Rapla_vallavalitsus, lk 41
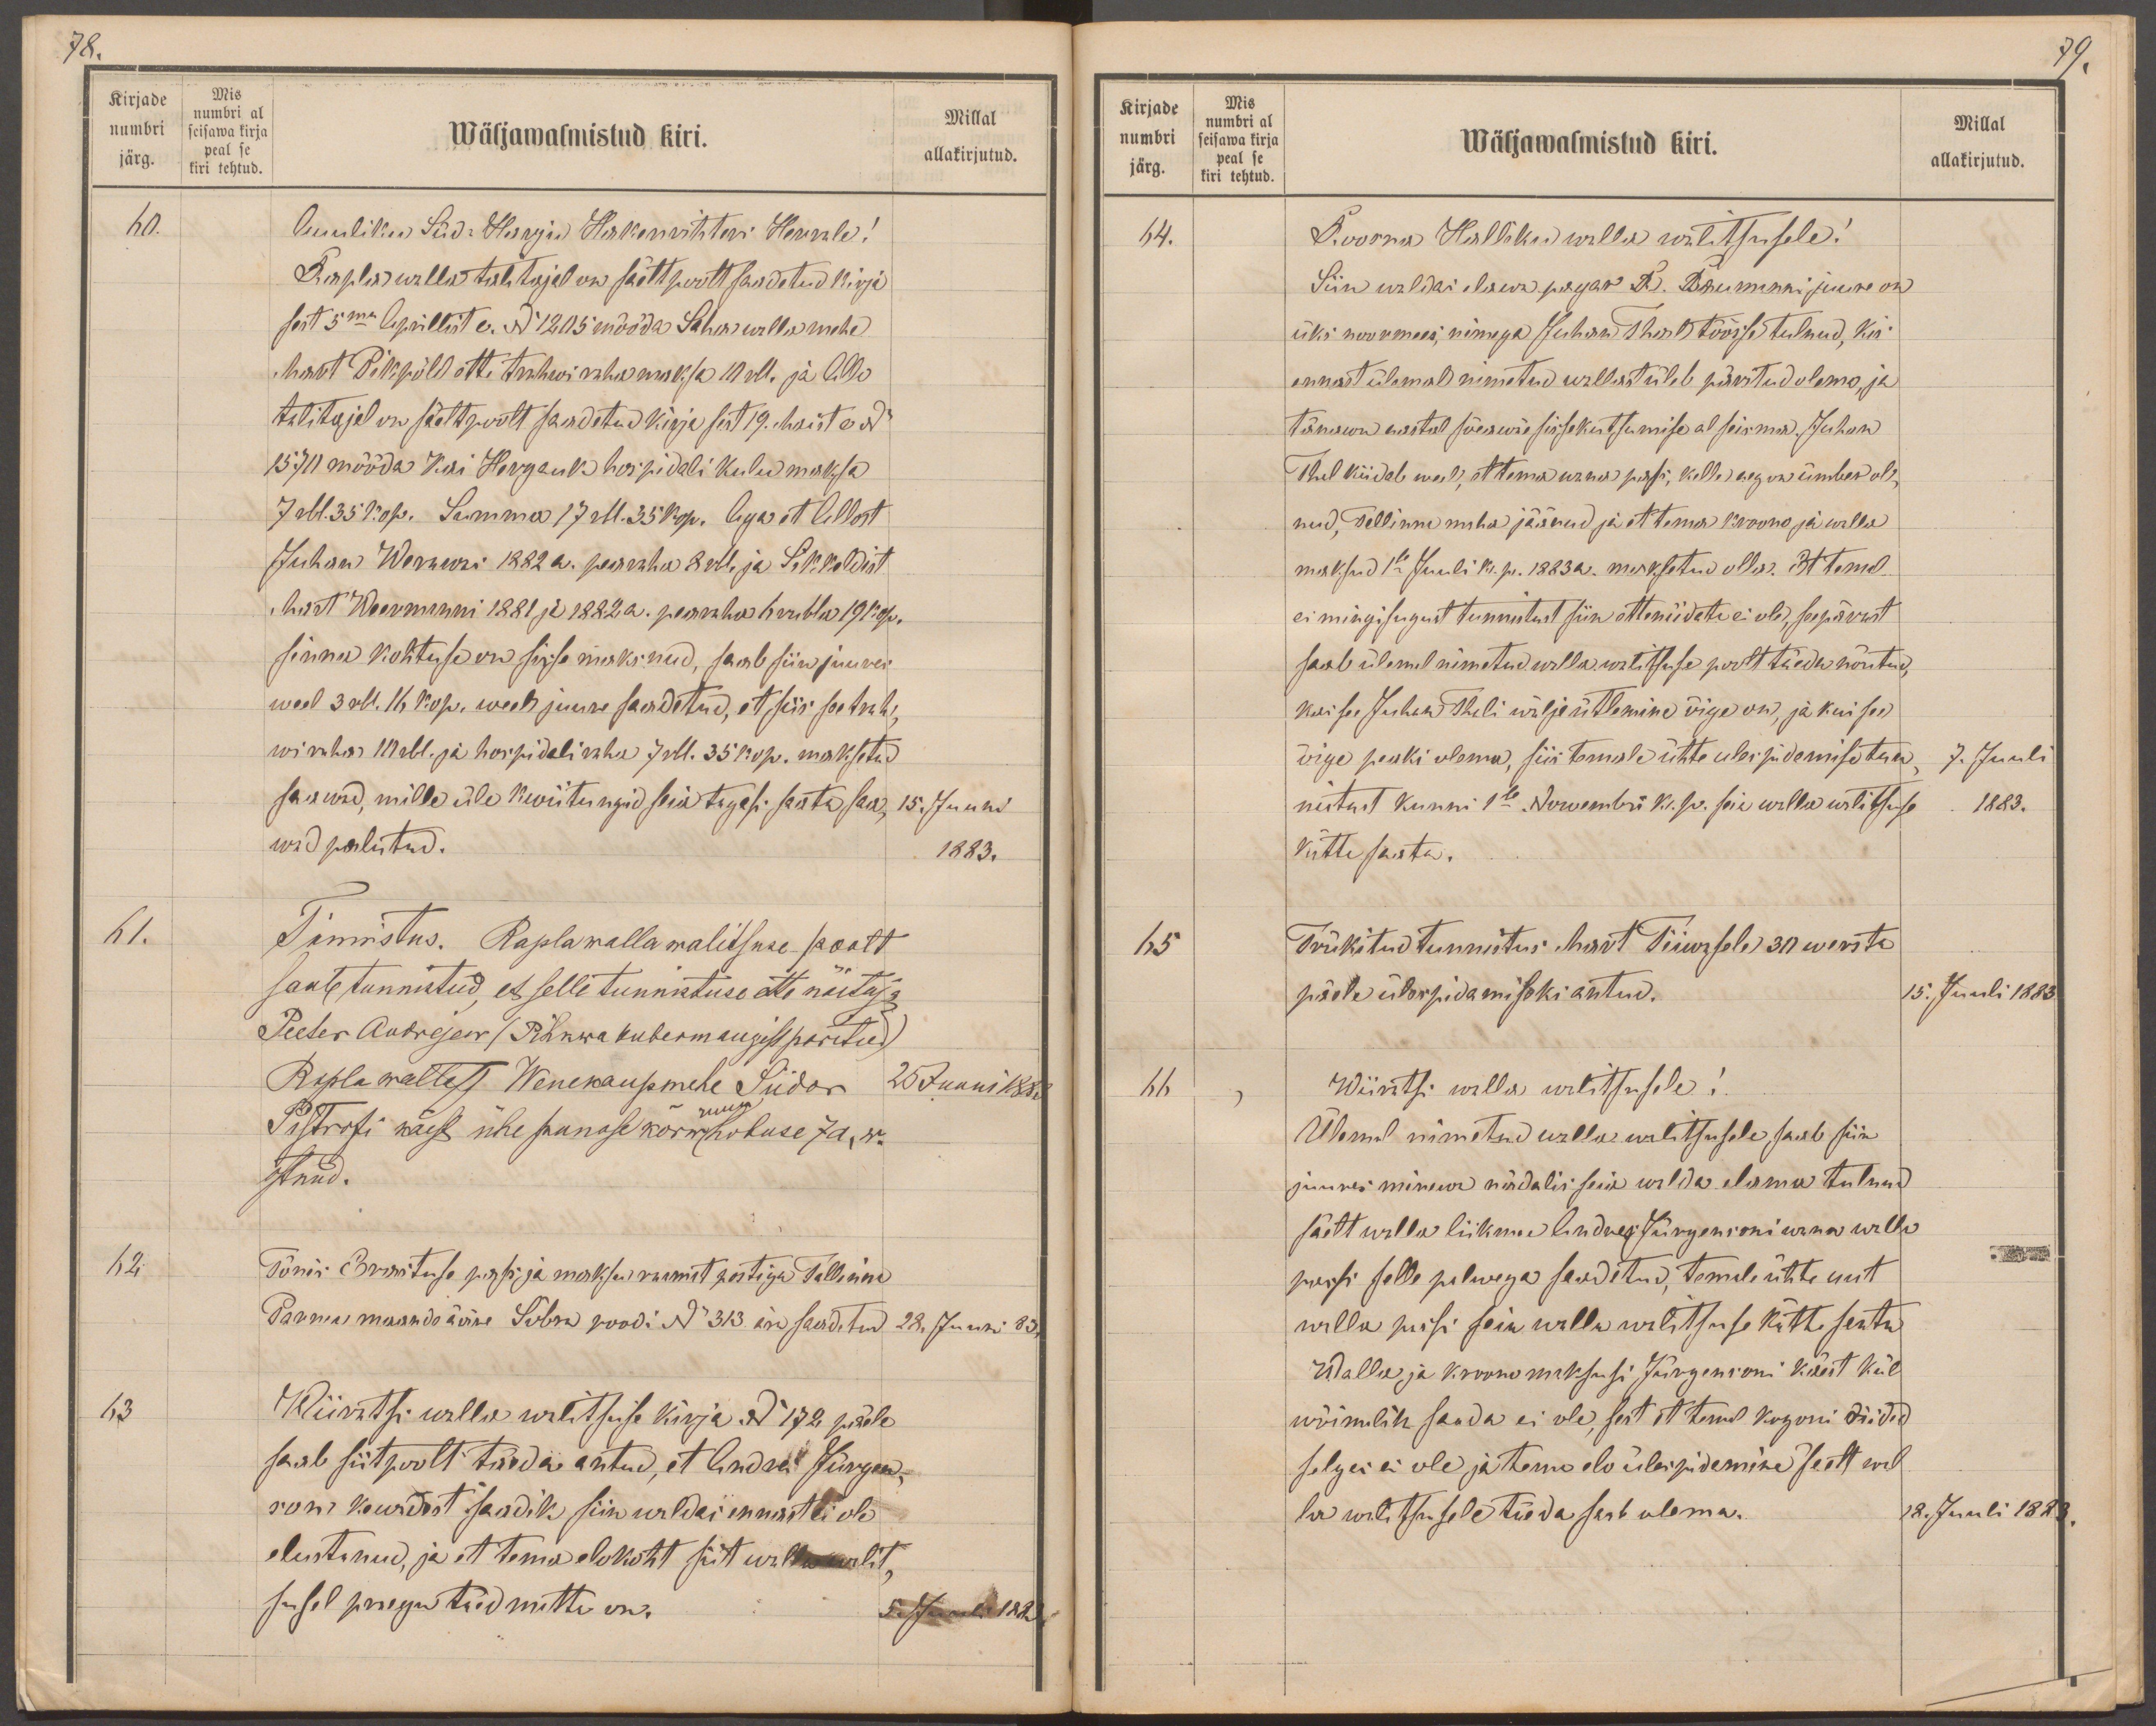
78.
Kirjade
Mis
numbri al
numbri
seisawa kirja
Wäljawalmistud kiri.
Millal
järg.
peal se
kiri tehtud.
allakirjutud.
60.
Auuliku Süd-Harju Hakenrihteri Herrale!
Rapla walla talitajal on säält poolt saadetud kirja
sest 5ma Aprillist e. No 1205 mööda Saha walla mehe
Mart Pikpõld ette trahwi raha maksa 10 rbl. ja Allo
talitajal on säelt poolt saadetud kirja sest 19. Maist e No
1570 mööda Kai Hergauk hospidali kulu maksa
7 rbl. 35 kop. Summa 17 rbl. 35 kop. Aga et Allost
Juhani Wermsoni 1882 a. pearaha 8 Rbl. ja Sikkaldist
Mart Weermanni 1881 ja 1882 a. pearaha 6 rubla 19 kop.
sinnu kohtuse on sisse maksnud, saab siin juures
weel 3 rbl. 16 kop. weel juure saadetud, et siis see trah-
wi raha 10 rubl. ja hospidali raha 7 rbl. 35 kop. maksetud
saawad, mille üle kwiitungid siia tagasi saata saa-
15. Juuni
wad palutud.
1883.
61.
Tunnistus: Rapla walla walitsuse poolt
saab tunnistud, et selle tunnistuse ette näitaja
Peeter Andrejev (Pihkwa kubermangist päritud)
Rapla wallast Wenekaupmehe Siidor
25 Juuni 1883
ruun
Pistrofi käest ühe punase kõrwhobuse 7a, w.
ostnud.
62.
Tõnis Erastuse pass ja maksu raamat postiga Tallinna
Pärnu maande ääre Sõbra poodi No 343. ära saadetud
22 Juuni 83
63
Wiiratsi walla walitsuse kirja No 172 päele
saab siit poolt täeda antud, et Andres Jürgen
soni kewadest saadik siin waldas ennast ei ole
elustanud, ja et tema elukoht siit walla walit,
susel praegu täedmatta on.
5. Juuli 1883.

79.
Kirjade
Mis
numbri al
seisawa kirja
numbri
Wäljawalmistud kiri.
Millal
peal se
järg.
kiri tehtud.
allakirjutud.
64.
Roosna Halliku walla walitsusele!
Siin waldas elweva pagar R. Baumanni juure on
üks noormees, nimega Juhan Thal töösse tulnud, kes
ennast ülemal nimetud wallast ütleb päritud olema, ja
tänawu aastal sõeawäe sissekutsumise al seisma. Juhan
Thal kiidab weel, et tema wana passi, kelle aeg on ümber ol
nud, Tallinna maha jäänud ja et tema kroono ja walla
maksud 1se Juuli k.p. 1883 a. maksetud olla. Et temal
ei mingisugust tunnistust siin ettenäidata ei ole, seepärast
saab ülemel nimetud walla walitsuse poolt täeda nõutud,
kas see Juhan Thali wälja ütlemine õige on, ja kui see
õige peaks olema, siis temale ühte üles pidamise tun-
7. Juuli
nistust kunni 1se Nowembri k. p.  seia walla walitsuse
1883.
kätte saata.
65.
Trükitud tunnistus Mart Tiiwasele 30 wersta
päele ülespidamiseks antud.
15. Juuli 1883
66
Wiiratsi walla walitsusele!
Ülemal nimetud walla walitsusele saab siin
juures minewe nädalis seia walda elama tulnud
säelt walla liikme Andres Jürgensoni wana walla
passi selle palwega saadetud, temale ühte uut
walla passi seia walla walitsuse kätte saata
Walla ja kroono maksusi Jürgensoni käest kül
wõimalik saada ei ole, sest et temal kogoni riided
selgas ei ole ja tema elo ülespidamine sealt wal-
la walitsusele täeda saab olema.
18. Juuli 1883.